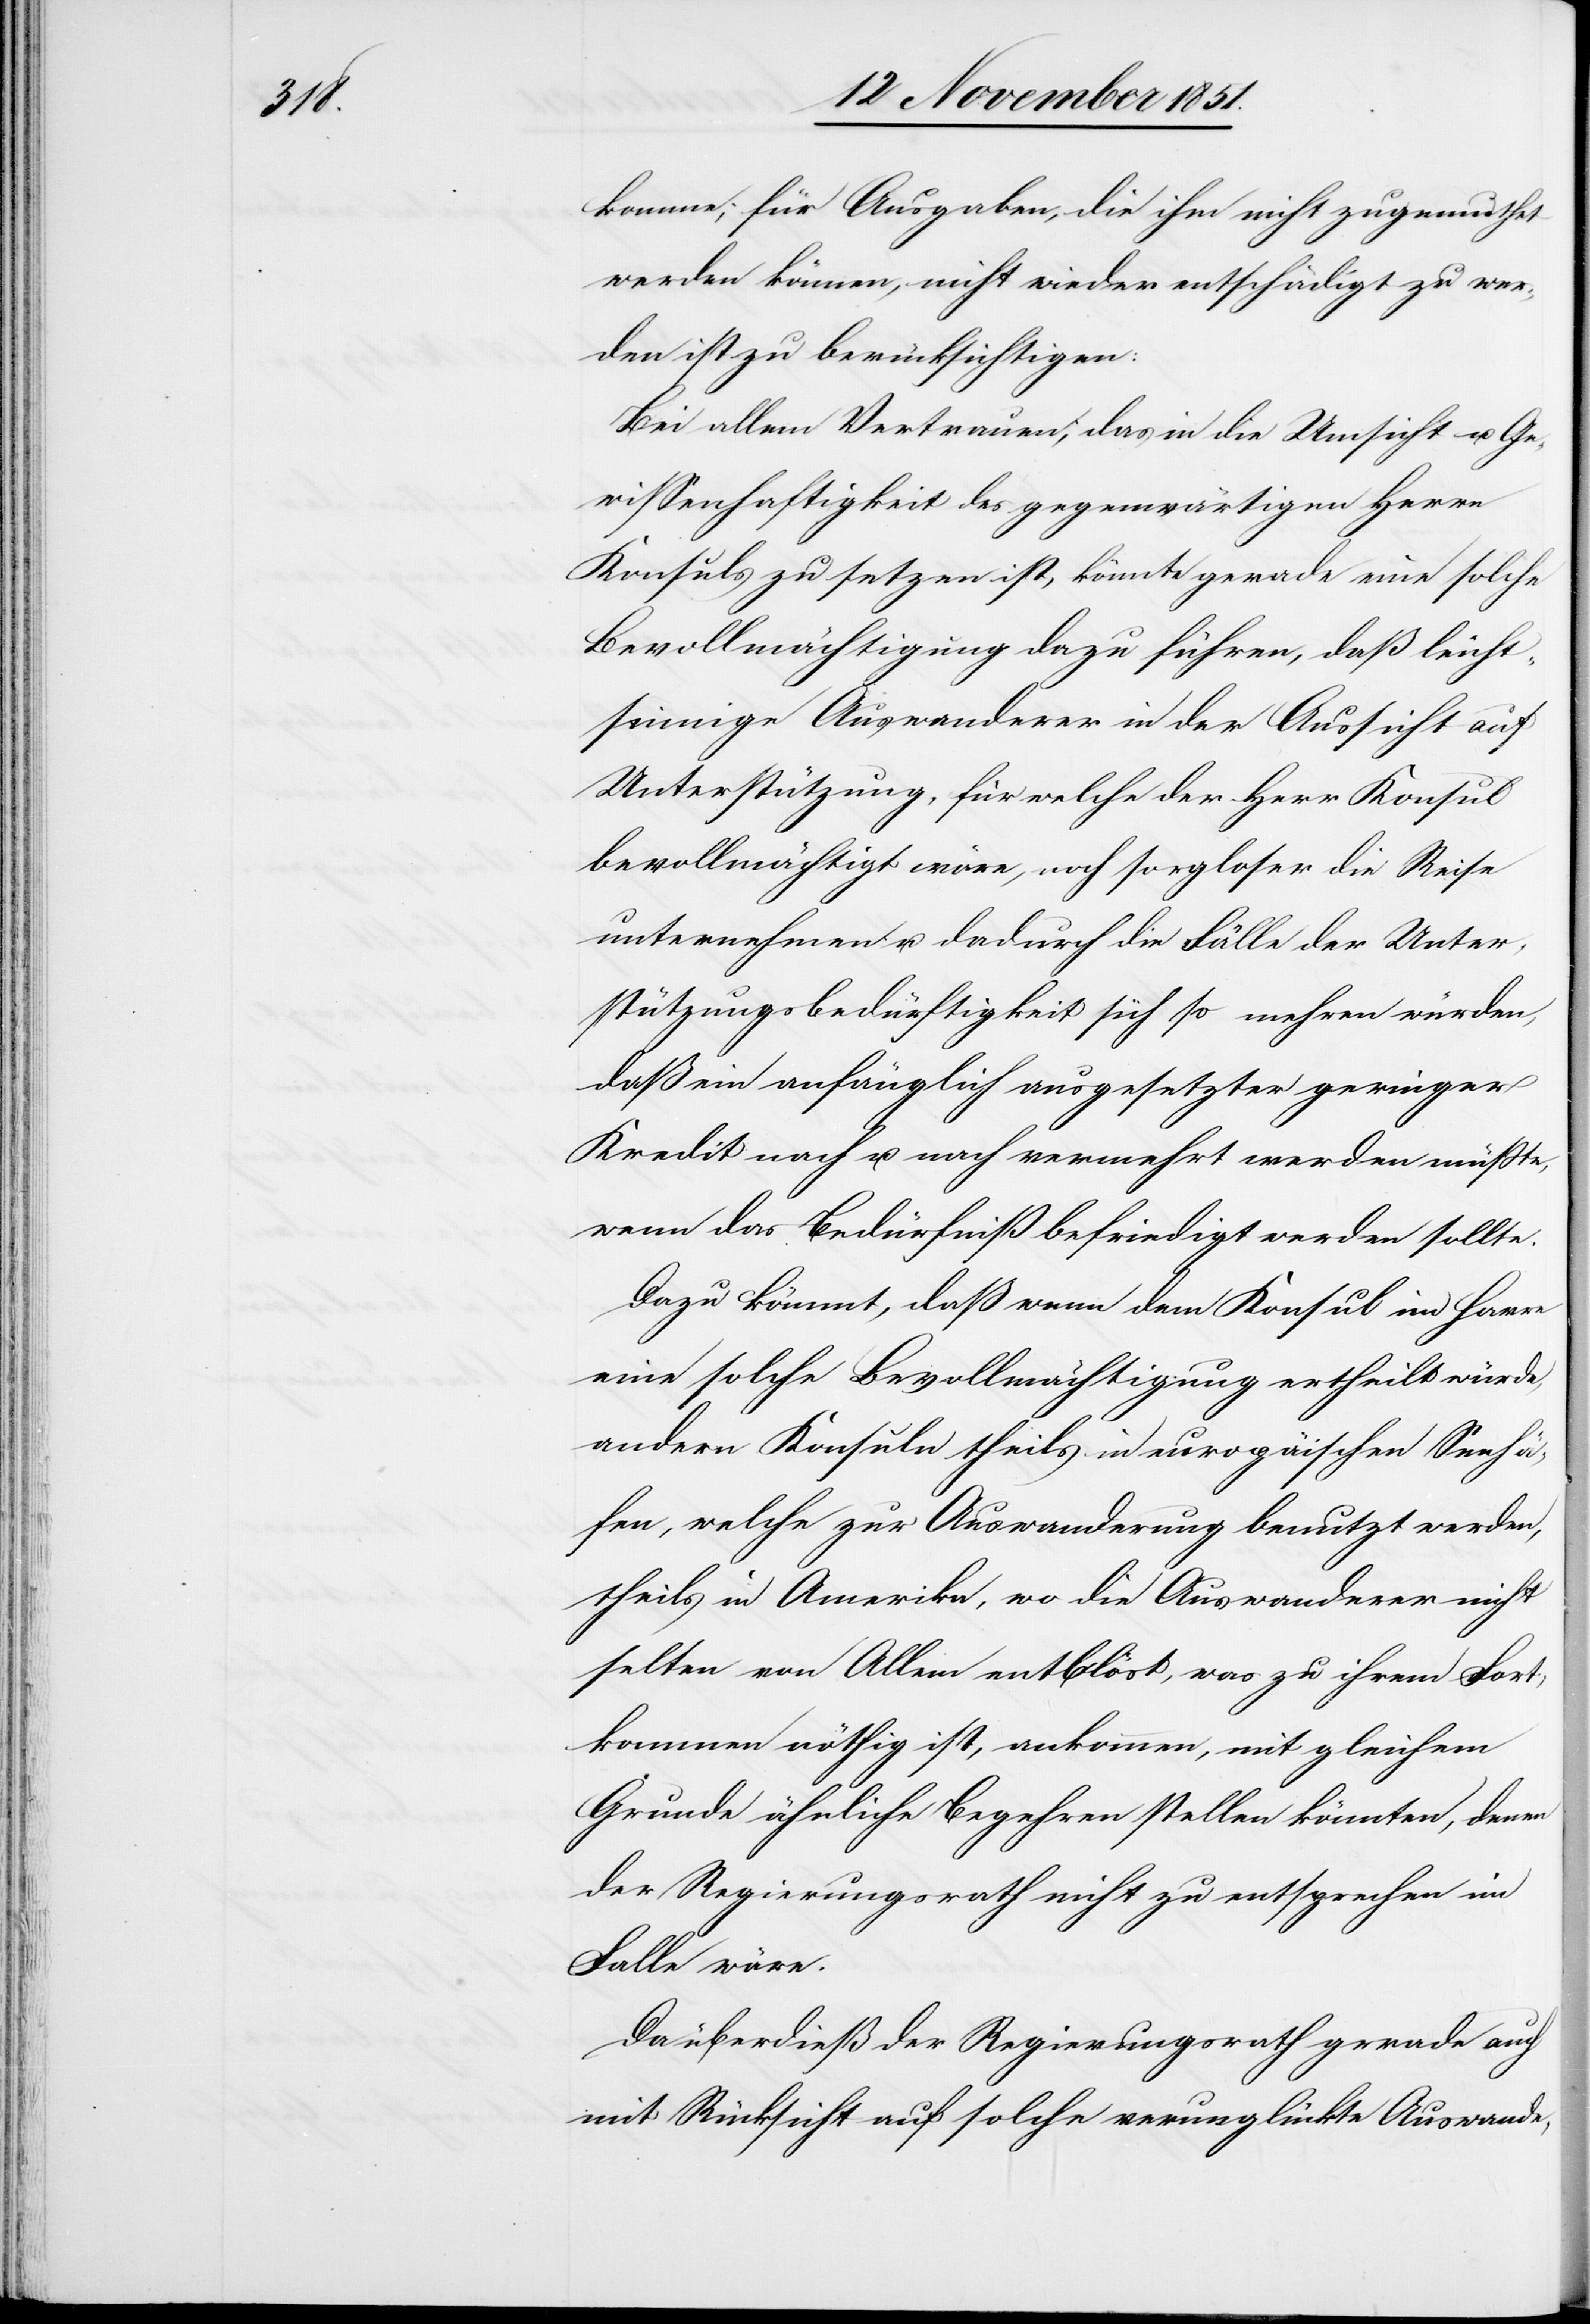
komme, für Ausgaben, die ihm nicht zugemuthet
werden können, nicht wieder entschädigt zu wer¬
den ist zu berücksichtigen:
Bei allem Vertrauen, das in die Umsicht u. Ge¬
wissenhaftigkeit des gegenwärtigen Herrn
Konsuls zu setzen ist, könnte gerade eine solche
Bevollmächtigung dazu führen, daß leicht¬
sinnige Auswanderer in der Aussicht auf
Unterstützung, für welche der Herr Konsul
bevollmächtigt wäre, noch sorgloser die Reise
unternehmen u. dadurch die Fälle der Unter¬
stützungsbedürftigkeit sich so mehren würden,
daß ein anfänglich ausgesetzter geringer
Kredit nach u. nach vermehrt werden müsste,
wenn das Bedürfniß befriedigt werden sollte.
Dazu kömmt, daß wenn dem Konsul im Havre
eine solche Bevollmächtigung ertheilt würde,
andern Konsuln theils in europäischen Seehä¬
fen, welche zur Auswanderung benutzt werden,
theils in Amerika, wo die Auswanderer nicht
selten von Allem entblöst, was zu ihrem Fort¬
kommen nöthig ist, ankommen, mit gleichem
Grunde ähnliche Begehren stellen könnten, denen
der Regierungsrath nicht zu entsprechen im
Falle wäre.
Da überdieß der Regierungsrath gerade auch
mit Rücksicht auf solche verunglückte Auswande-